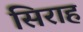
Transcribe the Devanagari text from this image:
सिराह